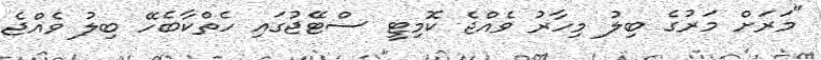
"މަރަށް މަރުގެ ބިލު މިހާރު ވެއްޖެ ކޮމިޓީ ސްޓޭޖުގައި ހެތްކާބެހޭ ބިލު ވެއްޖެ